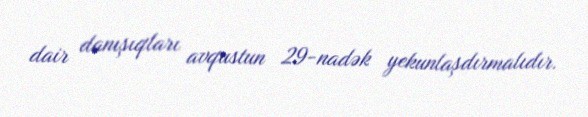
dair danışıqları avqustun 29-nadək yekunlaşdırmalıdır.